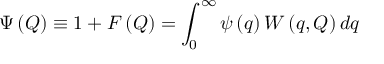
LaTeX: \Psi \left( Q \right) \equiv 1 + F \left( Q \right) = \int _ { 0 } ^ { \infty } \psi \left( q \right) W \left( q , Q \right) d q